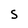
Character: S